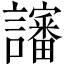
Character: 讅